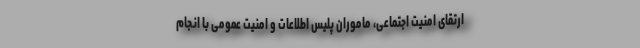
ارتقای امنیت اجتماعی، ماموران پلیس اطلاعات و امنیت عمومی با انجام